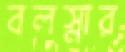
বলস্নার